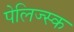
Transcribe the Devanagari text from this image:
पेलिज्स्क